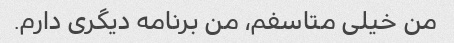
من خیلی متاسفم، من برنامه دیگری دارم.